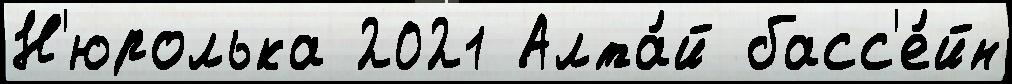
Н'юролька 2021 Алта́й басс'е́йн